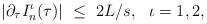
LaTeX: \begin{align*}|\partial_\tau I_{n}^\iota(\tau)|\ \leq\ 2L/s,\ \ \iota=1,2,\end{align*}